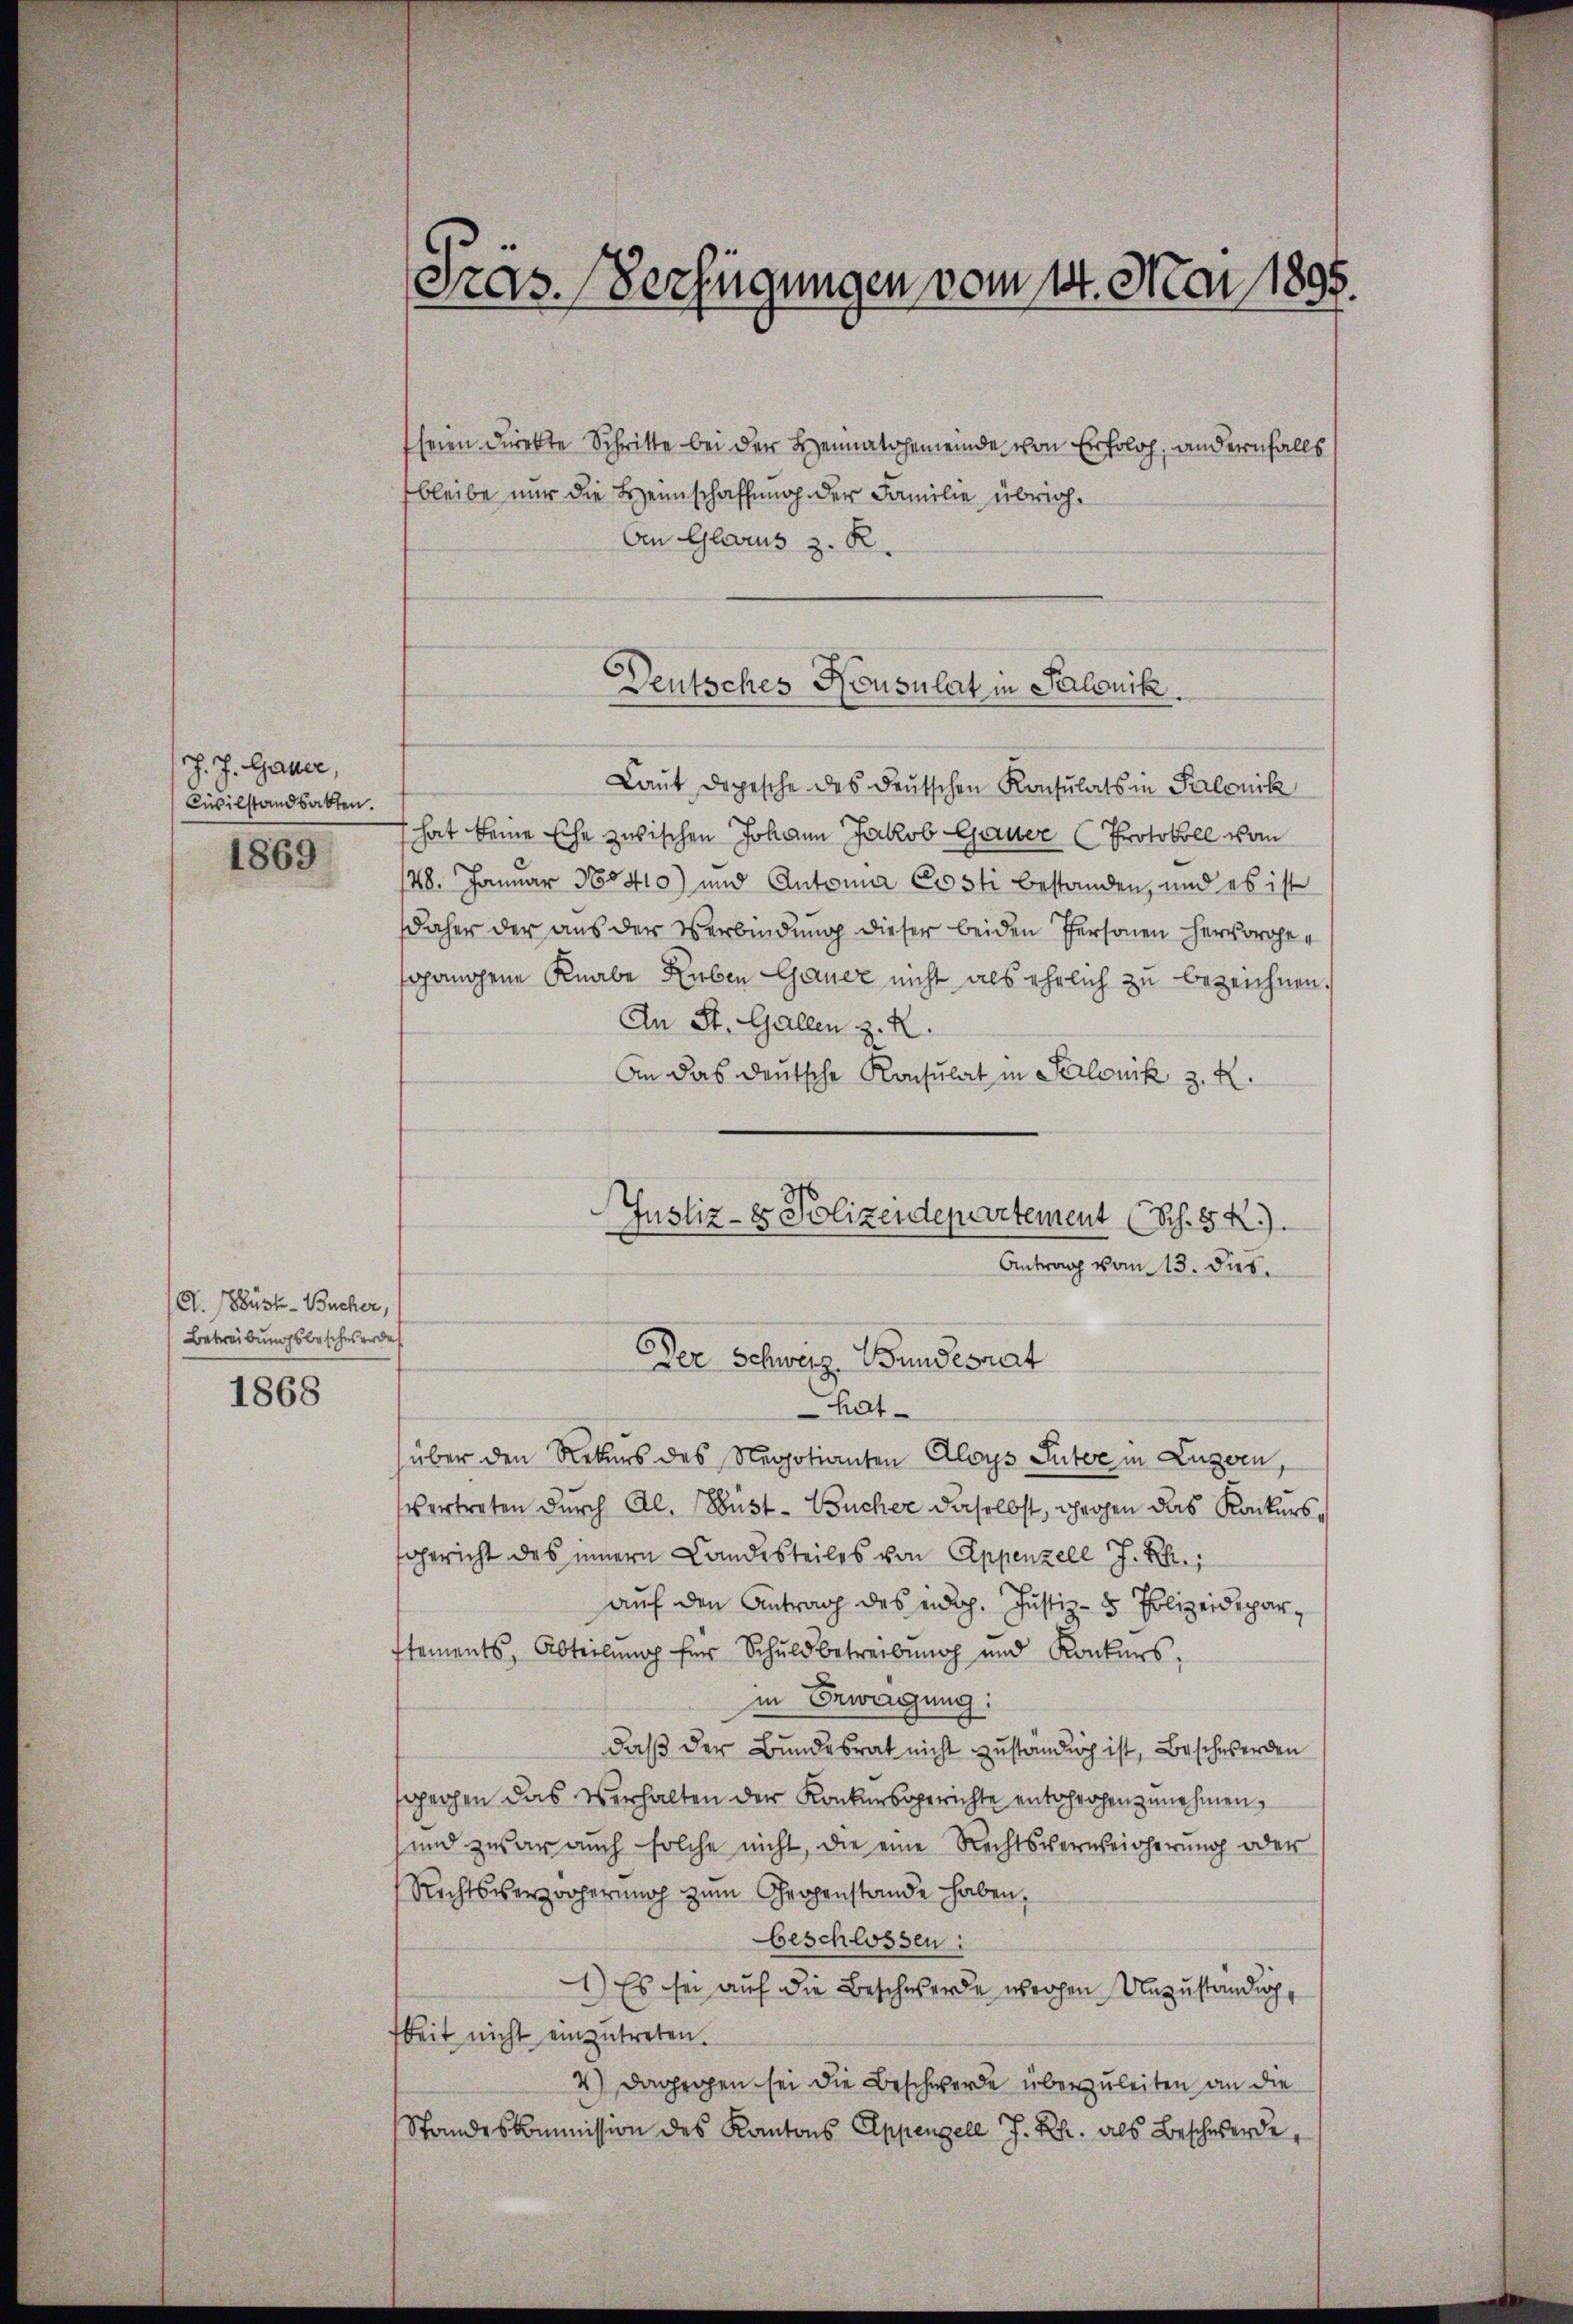
J. J. Gauer,
Civilstandsakten.
1869

A. Nüst-Bucher,
Betreibungsbeschwerde
1868

seien direkte Schritte bei der Heimatgemeinde von Erfolg, andernfalls
bleibe nur die Heimschaffung der Familie übrig¬
Aen Glarus z. R.

Tras. Verfügungen vom 14. Mai 1895.

Laut Depesche des deutschen Konsulats in Salonik
hat keine Ehe zwischen Johann Jakob Gauer (Protokoll vom
148. Januar Notio) und Antonia Costi bestanden, und es ist
daher der aus der Verbindung dieser beiden Personen hervorgen
sgangene Knabe Ruben Gauer nicht als ehrlich zu bezeichnen.
An St. Gallen z. R.
An das deutsche Konsulat in Salouck z. R.
hatüber den Rekurs des Negotianten Aloys Suter in Luzern,
vertreten durch Al. Wüst - Bucher daselbst, gegen das Konkursfgericht des innern Landesteiles von Appenzell J. R.,
auf den Antrag des eidg. Justiz- & Polizeideparstements, Abteilung für Schuldbetreibung und Konkurs,
in Erwägung:
daß der Bundesrat nicht zuständig ist, Beschwerden
sgegen das Verhalten der Konkursgerichte entsrohenzunehmen,
und zwar auch solche nicht, die eine Rechtsverweicherung oder
Richtsverzögerung zum Gropenstande haben,
beschlossen:
1.) Es sei auf die Beschwerde werden Unzuständige
keit nicht einzutreten.
4.) Dagegen sei die Beschwerde überzuleiten an die
Standeskommission des Kantons Eppenzell I.Rh. als Beschwerde,

Deutsches Konsulat in Salonik.

Justiz- & Polizeidepartement (Sch. S. R.).
Antrag vom 13. dies.
Der Schweiz. Bundesrat